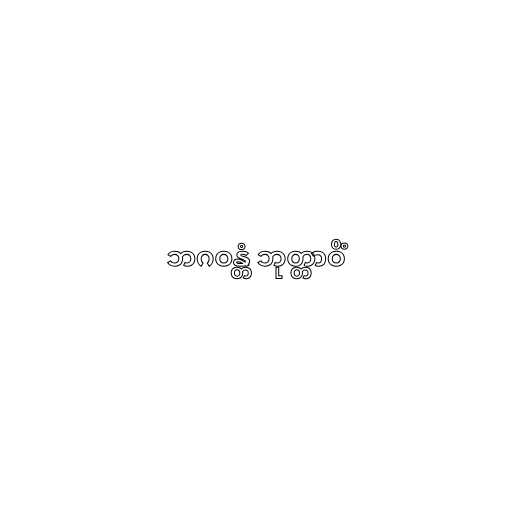
ဘဂဝန္တံ ဘုတ္တာဝိံ